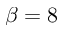
\beta = 8